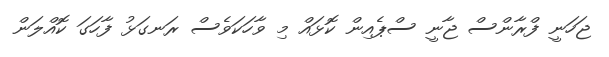
ޖަހަނީ ފްރާންސް ޖާނީ ސްޕެއިން ކޮޅައް މި ވާހަކަވެސް ރަނގަޅު ފާހަގަ ކޮއްލަން